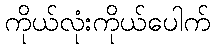
ကိုယ်လုံးကိုယ်ပေါက်